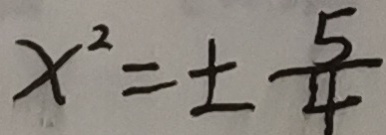
x ^ { 2 } = \pm \frac { 5 } { 4 }